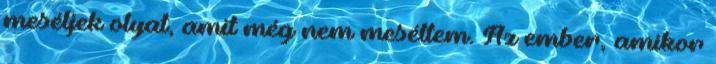
meséljek olyat, amit még nem meséltem. Az ember, amikor